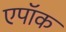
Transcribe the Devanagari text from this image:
एपॉक